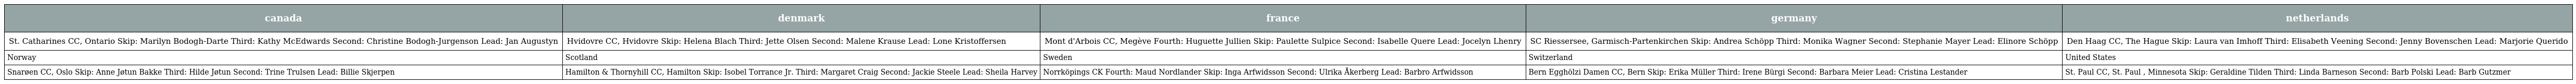
| canada | denmark | france | germany | netherlands |
 | --- | --- | --- | --- | --- |
 | St. Catharines CC, Ontario Skip: Marilyn Bodogh-Darte Third: Kathy McEdwards Second: Christine Bodogh-Jurgenson Lead: Jan Augustyn | Hvidovre CC, Hvidovre Skip: Helena Blach Third: Jette Olsen Second: Malene Krause Lead: Lone Kristoffersen | Mont d'Arbois CC, Megève Fourth: Huguette Jullien Skip: Paulette Sulpice Second: Isabelle Quere Lead: Jocelyn Lhenry | SC Riessersee, Garmisch-Partenkirchen Skip: Andrea Schöpp Third: Monika Wagner Second: Stephanie Mayer Lead: Elinore Schöpp | Den Haag CC, The Hague Skip: Laura van Imhoff Third: Elisabeth Veening Second: Jenny Bovenschen Lead: Marjorie Querido |
 | Norway | Scotland | Sweden | Switzerland | United States |
 | Snarøen CC, Oslo Skip: Anne Jøtun Bakke Third: Hilde Jøtun Second: Trine Trulsen Lead: Billie Skjerpen | Hamilton & Thornyhill CC, Hamilton Skip: Isobel Torrance Jr. Third: Margaret Craig Second: Jackie Steele Lead: Sheila Harvey | Norrköpings CK Fourth: Maud Nordlander Skip: Inga Arfwidsson Second: Ulrika Åkerberg Lead: Barbro Arfwidsson | Bern Egghölzi Damen CC, Bern Skip: Erika Müller Third: Irene Bürgi Second: Barbara Meier Lead: Cristina Lestander | St. Paul CC, St. Paul , Minnesota Skip: Geraldine Tilden Third: Linda Barneson Second: Barb Polski Lead: Barb Gutzmer |